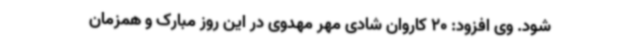
شود. وی افزود: 20 کاروان شادی مهر مهدوی در این روز مبارک و همزمان